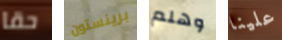
حقا برينستون وهلم علينا